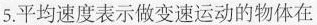
5.平均速度表示做变速运动的物体在